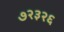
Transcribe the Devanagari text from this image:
७२३२६